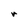
Character: r